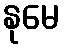
နုမေ